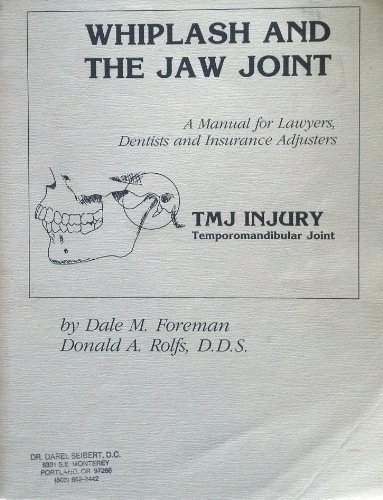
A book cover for Whiplash and the jaw joint: TMJ injury, temporomandibular joint : a manual for lawyers, dentists, and insurance adjusters; Dale M Foreman; Medical Books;